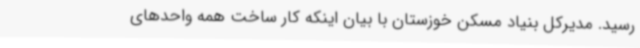
رسید. مدیرکل بنیاد مسکن خوزستان با بیان اینکه کار ساخت همه واحدهای